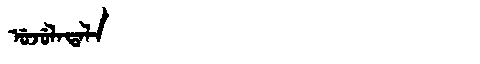
Manchu: ᡠᠵᡠᠯᠠᡨᠠᠯᠠ
Romanization: UJULATALA